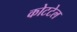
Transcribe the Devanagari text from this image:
कोटटेल